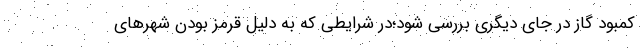
کمبود گاز در جای دیگری بررسی شود؛در شرایطی که به دلیل قرمز بودن شهرهای